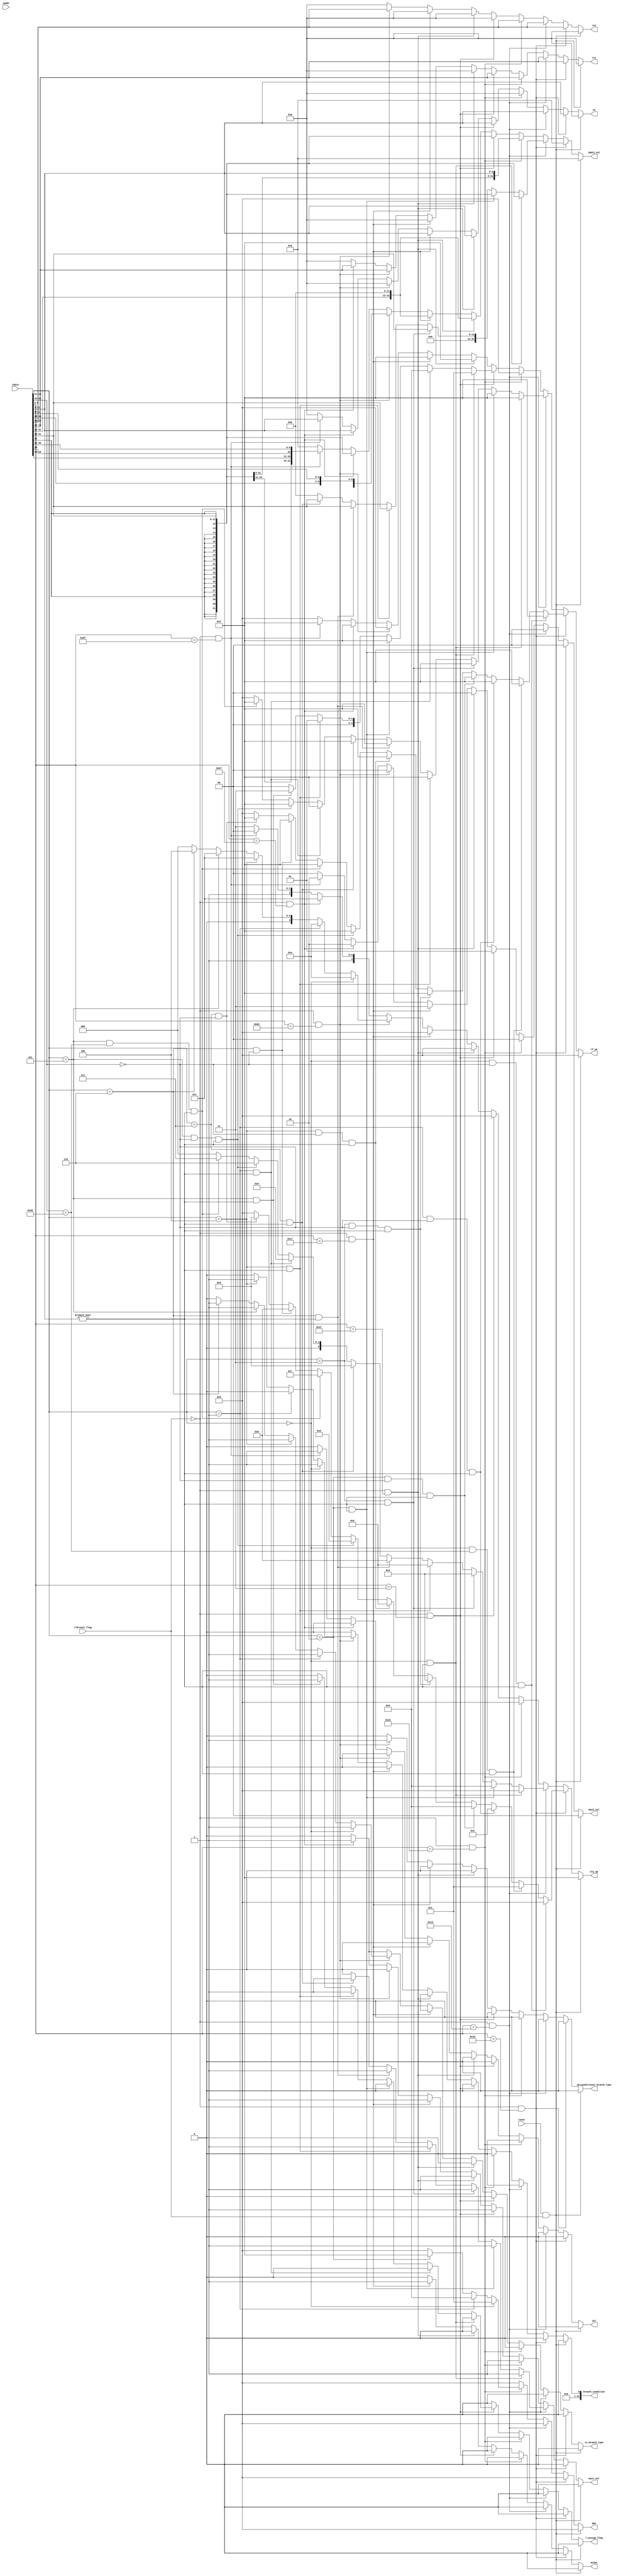
/*  input is idata from IMEM
    outputs are various control signals
*/

module control (
    input reset ,
    input [31:0] idata ,
    input [31:0] iaddr ,  // not needed (?)
    input clkreset_flag ,
    
    //! control signals
    output reg [3:0] alu_op,
    output reg mux1_sel ,
    output reg [1:0] mux2_sel ,
    output reg auipc ,
    output reg jal ,
    output reg [3:0] dwe ,
    output reg [3:0] rf_we , // reg file write enable
    output reg l_unsign_flag ,
    output reg is_branch_type ,
    output reg is_conditional_branch_type ,
    output reg [31:0] branch_condition ,
    
    //! address or imm types (+shamt)
    output reg [4:0] rs1 , 
    output reg [4:0] rs2 ,
    output reg [4:0] rd ,
    output reg [31:0] imm12_ext 
);
    wire [6:0] opcode;
    assign opcode = idata[6:0]; 

    always @(*) begin
	
    if (reset && clkreset_flag) begin
        
        // reset addresses and immediate (tyoes)
        rs1 = 0 ;
        rs2 = 0 ;
        rd = 0 ;
        imm12_ext = 0 ;
        is_branch_type = 0 ;
        is_conditional_branch_type = 0 ;
        branch_condition  = 0 ;
        auipc = 0 ;
        alu_op = 4'b1111 ;  // unused state
        l_unsign_flag = 0 ;
        dwe = 0 ;  // not enabled
        rf_we = 0 ;  // not enabled
        mux1_sel = 0 ; // no choice
        mux2_sel = 0 ; // no choice
        jal = 0 ;

    end

    else if ( clkreset_flag==1'b0 && opcode == 7'b0110011 )   //! R type instruction format with rs2 - to be executed only if rd != 0
    begin
            
        rs1 = idata[19:15] ;
        rs2 = idata[24:20] ;
        rd = idata[11:7] ;
        imm12_ext = 0 ;
        mux1_sel = 0 ;
        mux2_sel = 0 ;
        dwe = 4'b0000 ;
        rf_we = 0 ;
        is_branch_type = 0 ;
        is_conditional_branch_type = 0 ;
        branch_condition  = 0 ;
        auipc = 0 ;
        jal = 0 ;
        l_unsign_flag = 0;
        alu_op = 0 ;

        if (idata[14:12] == 3'b000 && idata[31:25] == 7'b0000000 && idata[11:7] != 5'd0) begin
            alu_op = 0 ; // 0 for add  
            rf_we = 4'b1111 ;
        end

        else if (idata[14:12] == 3'b000 && idata[31:25] == 7'b0100000 && idata[11:7] != 5'd0) begin
            alu_op = 1 ; // 1 for sub
            rf_we = 4'b1111 ;
        end

        else if (idata[14:12] == 3'b001 && idata[31:25] == 7'b0000000 && idata[11:7] != 5'd0) begin
            alu_op = 2 ; // 2 for sll
            rf_we = 4'b1111 ;
        end

        else if (idata[14:12] == 3'b010 && idata[31:25] == 7'b0000000 && idata[11:7] != 5'd0) begin
            alu_op = 3 ; // 3 for slt
            rf_we = 4'b1111 ;
        end

        else if (idata[14:12] == 3'b011 && idata[31:25] == 7'b0000000 && idata[11:7] != 5'd0) begin
            alu_op = 4 ; // 4 for sltu
            rf_we = 4'b1111 ;
        end

        else if (idata[14:12] == 3'b100 && idata[31:25] == 7'b0000000 && idata[11:7] != 5'd0) begin 
            alu_op = 5 ; // 5 for xor
            rf_we = 4'b1111 ;
        end

        else if (idata[14:12] == 3'b101 && idata[31:25] == 7'b0000000 && idata[11:7] != 5'd0) begin 
            alu_op = 6 ; // 6 for srl
            rf_we = 4'b1111 ;
        end

        else if (idata[14:12] == 3'b101 && idata[31:25] == 7'b0100000 && idata[11:7] != 5'd0) begin
            alu_op = 7 ; // 7 for sra
            rf_we = 4'b1111 ;
        end

        else if (idata[14:12] == 3'b110 && idata[31:25] == 7'b0000000) begin 
            alu_op = 8 ; // 8 for or
            rf_we = 4'b1111 ;
        end

        else if (idata[14:12] == 3'b111 && idata[31:25] == 7'b0000000) begin
            alu_op = 9 ; // 9 for and
            rf_we = 4'b1111 ;
        end   

        else begin
            alu_op = 0 ;
            rf_we = 0 ;
        end
        
    end

    //! CHECK FOR SIGN EXTENSION 

    else if ( clkreset_flag==1'b0 && opcode == 7'b0010011  )  //! I-type instructions - including 12 bit imm and immediate shift type
    begin
            
        rs1 = idata[19:15] ;
        rd = idata[11:7] ;
        rs2 = idata[24:20] ;  // this is for slli , srli , srai
        alu_op = 0 ;
        rf_we = 0 ;
        mux1_sel = 1 ;
        mux2_sel = 0 ;
        is_branch_type = 0 ;
        is_conditional_branch_type = 0 ;
        branch_condition  = 0 ;
        auipc = 0 ;
        dwe = 0 ;
        jal = 0 ;
        l_unsign_flag = 0 ;

        if ( idata[14:12] == 3'b000 && idata[11:7] != 5'd0) 
        begin
            alu_op = 0 ; //! addi   
            imm12_ext = {{20{idata[31]}} , idata[31:20]} ;    
            rf_we = 4'b1111 ; 
        end 

        else if ( idata[14:12] == 3'b010 && idata[11:7] != 5'd0) 
        begin
            alu_op = 3 ; //! slti   
            imm12_ext = {{20{idata[31]}} , idata[31:20]} ; 
            rf_we = 4'b1111 ;
        end 

        else if ( idata[14:12] == 3'b011 && idata[11:7] != 5'd0) 
        begin
            alu_op = 4 ; //! sltiu      
            imm12_ext = {{20{1'b0}} , idata[31:20]} ; 
            rf_we = 4'b1111 ;
        end 

        else if ( idata[14:12] == 3'b100 && idata[11:7] != 5'd0) 
        begin
            alu_op = 5 ; //! xori  
            imm12_ext = {{20{1'b0}} , idata[31:20]} ;  
            rf_we = 4'b1111 ; 
        end 

        else if ( idata[14:12] == 3'b110 && idata[11:7] != 5'd0) 
        begin
            alu_op = 8 ; //! ori
            imm12_ext = {{20{1'b0}} , idata[31:20]} ; 
            rf_we = 4'b1111 ;
        end

        
        else if ( idata[14:12] == 3'b111 && idata[11:7] != 5'd0) 
        begin
            alu_op = 9 ; //! andi   
            imm12_ext = {{20{1'b0}} , idata[31:20]} ;    
            rf_we = 4'b1111 ;  
        end
        
        else if ( idata[14:12] == 3'b001 && idata[11:7] != 5'd0) 
        begin
            alu_op = 2 ; //! 2 for slli
            mux1_sel = 0 ;
            rf_we = 4'b1111 ;
            imm12_ext = 0 ;
        end

        else if ( idata[14:12] == 3'b101 && idata[31:25] == 7'b0000000 && idata[11:7] != 5'd0) 
        begin
            alu_op = 6 ; //! 6 for srli
            mux1_sel = 0 ;
            rf_we = 4'b1111 ;
            imm12_ext = 0 ;
        end
            
        else if ( idata[14:12] == 3'b101 && idata[31:25] == 7'b0100000 && idata[11:7] != 5'd0) 
        begin
            alu_op = 7 ; //! 7 for srai 
            mux1_sel = 0 ;
            rf_we = 4'b1111 ;
            imm12_ext = 0 ;
        end 

        else begin
            alu_op = 0 ;
            mux1_sel = 0 ;
            rf_we = 4'b0000 ;
            imm12_ext = 0 ;
        end
        
    end

    else if ( clkreset_flag==1'b0 && opcode == 7'b0100011 )  //! S-type instructions 
    begin
            
        rs1 = idata[19:15] ;
        rs2 = idata[24:20] ;
        rd = 0 ;
        imm12_ext = {{20{idata[31]}} , {idata[31:25]} , {idata[11:7]}} ;
        mux1_sel = 1 ;
        mux2_sel = 0 ;  // does not matter ; actually don't care
        rf_we = 0 ;
        alu_op = 0;  // 0 for signed addition
        l_unsign_flag = 0 ;
        dwe = 0 ;
        is_branch_type = 0 ;
        is_conditional_branch_type = 0 ;
        branch_condition  = 0 ;
        auipc = 0 ;
        jal = 0 ;
        
        if ( idata[14:12] == 3'b000 ) begin
            // sb instruction . data_write_enable = 0001 ;
            dwe = 4'b0001 ;
        end

        else if ( idata[14:12] == 3'b001 ) begin
            // sh instruction . data_write_enable = 0011 ;
            dwe = 4'b0011 ;
        end
     
        else if ( idata[14:12] == 3'b010 ) begin
            // sw instruction . data_write_enable = 1111 ;
            dwe = 4'b1111 ;
        end

        else begin
            dwe = 0 ;
        end
     
    end
    

    else if ( clkreset_flag==1'b0 && opcode == 7'b0000011 )  //!  load instructions
    begin
             
        rs1 = idata[19:15] ;
        rs2 = 0 ;
        rd = idata[11:7] ;
        imm12_ext = {{20{idata[31]}} , idata[31:20]} ; 
        mux1_sel = 1 ;  // select immediate path
        mux2_sel = 1 ;
        alu_op = 0 ;  // 0 for ADD [adding address] 
        dwe = 0 ;
        l_unsign_flag = 0 ;
        rf_we = 0 ;
        is_branch_type = 0 ;
        is_conditional_branch_type = 0 ;
        branch_condition  = 0 ;
        auipc = 0 ;
        jal = 0 ;
        
        if ( idata[14:12] == 3'b000 && idata[11:7] != 0) begin  // lb instruction . 
            rf_we = 4'b0001 ;
            l_unsign_flag = 0 ;
        end

        else if ( idata[14:12] == 3'b001 && idata[11:7] != 0) begin  // lh instruction . 
            rf_we = 4'b0011 ;
            l_unsign_flag = 0 ;
        end

        else if ( idata[14:12] == 3'b010 && idata[11:7] != 0) begin  // lw instruction . 
            rf_we = 4'b1111 ;
            l_unsign_flag = 0 ;
        end

        //! lhu lbu check

        else if ( idata[14:12] == 3'b100 && idata[11:7] != 0) begin  // lbu instruction . 
            rf_we = 4'b0001 ;
            l_unsign_flag = 1 ;
        end

        else if ( idata[14:12] == 3'b101 && idata[11:7] != 0) begin  // lhu instruction . 
            rf_we = 4'b0011 ;
            l_unsign_flag = 1 ;
        end

        else begin
            rf_we = 4'b0000;
            l_unsign_flag = 0 ;
        end
    end
    
    else if ( clkreset_flag==1'b0 && opcode == 7'b0110111 )  //! LUI
    begin
        
        rs1 = 0 ;  // add 0
        rs2 = 0 ;  // not used 
        rd = idata[11:7] ;
        imm12_ext = { idata[31:12] , {12{1'b0}} };  // load immediate as the 20 bit immediate with trailing zeros
        mux1_sel = 1 ;  // choose immediate path
        mux2_sel = 0 ;  // write to RF from alu_out
        alu_op = 0 ;  // add operation
        dwe = 0 ;
        rf_we = 4'b1111 ;
        is_branch_type = 0 ;
        branch_condition  = 0 ;
        is_conditional_branch_type = 0 ;
        auipc = 0 ;
        jal = 0 ;
        l_unsign_flag = 0 ;

    end

    else if ( clkreset_flag==1'b0 && opcode == 7'b0010111 )  //! AUIPC
    begin
        
        rs1 = 0 ;  
        rs2 = 0 ;
        rd = idata[11:7] ;
        imm12_ext = { idata[31:12] , {12{1'b0}} } ;
        mux1_sel = 1 ;
        mux2_sel = 3 ; // input from branch_controller which calculates iaddr+imm
        rf_we = 4'b1111 ;
        alu_op = 0 ;
        dwe = 0 ;
        is_branch_type = 0 ;
        is_conditional_branch_type = 0 ;
        branch_condition = 0;
        l_unsign_flag = 0;
        auipc = 1 ;
        jal = 0 ;

        //! MUX3_SEL_CONTROLLER WILL TAKE CARE OF THE NEXT ADDRESS

    end

    else if ( clkreset_flag==1'b0 && opcode ==  7'b1100011 )  //! Branch instructions
    begin

        rs1 = idata[19:15] ;
        rs2 = idata[24:20] ;
        rd = 0 ;
        imm12_ext = { {21{idata[31]}} , idata[7] , {idata[30:25]} , {idata[11:8]} } ;
        mux1_sel = 0 ;
        mux2_sel = 0 ;
        alu_op = 0 ;
        rf_we = 0 ;
        dwe = 0 ;
        is_branch_type = 1 ;
        is_conditional_branch_type = 1 ;
        branch_condition  = 0 ;  // set to some known value
        l_unsign_flag = 0 ;
        auipc = 0 ;
        jal = 0 ;

        if ( idata[14:12] == 3'b000 ) begin  // BEQ
            alu_op = 10 ;  // check for equality
            branch_condition = 32'b1 ;
        end

        else if (idata[14:12] == 3'b001 ) begin  // BNE
            alu_op = 10 ;  // check for equality
            branch_condition = 32'b0 ;
        end

        else if (idata[14:12] == 3'b100 ) begin  // BLT
            alu_op = 3 ;  // slt
            branch_condition = 32'b1 ;
        end

        else if (idata[14:12] == 3'b101 ) begin  // BGE
            alu_op = 3 ;  // slt
            branch_condition = 32'b0 ;
        end

        else if (idata[14:12] == 3'b001 ) begin  // BLTU
            alu_op = 4 ;  // sltu
            branch_condition = 32'b1 ;
        end

        else if (idata[14:12] == 3'b110 ) begin  // BGEU
            alu_op = 4 ;  // sltu
            branch_condition = 32'b0 ;
        end

        else begin
            alu_op = 0 ;
            branch_condition = 0 ;
            is_branch_type = 0 ;
        end
    end
    
    else if ( clkreset_flag==1'b0 && opcode == 7'b1100111 )  // JALR
    begin

        // x[rd] <= pc + 4 
        // n_addr <= [ x[rs1] + imm12 ] and set last bit to 0 ;

        rs1 = idata[19:15] ;
        rs2 = 0 ;
        rd = idata[11:7] ;
        imm12_ext = { {20{idata[31]}} , idata[31:20] } ;
        alu_op = 11 ;  
        rf_we = 4'b1111 ;
        dwe = 0 ;
        l_unsign_flag = 0 ;
        mux1_sel = 1 ;  // select immediate path
        mux2_sel = 2 ;  // pc+4 path
        is_branch_type = 1 ;
        is_conditional_branch_type = 0 ;
        branch_condition = 0 ;
        auipc = 0 ;
        jal = 0 ;

    end

    else if ( clkreset_flag==1'b0 && opcode == 7'b1101111 )  // JAL
    begin

        // x[rd] <= pc+4
        // n_addr <= pc + (imm12_ext<<1)
        
        rs1 = 0 ; 
        rs2 = 0 ;
        rd = idata[11:7] ; 
        imm12_ext = { {13{idata[31]}} , idata[19:12] , idata[20] , idata[30:21] } ;  
        mux1_sel = 0 ;  // unused 
        mux2_sel = 2 ;  // pc+4
        l_unsign_flag = 0 ;
        rf_we = 4'b1111 ;
        dwe = 0 ;
        alu_op = 12 ; //! delete in ALU : unused
        is_branch_type = 0 ;
        is_conditional_branch_type = 0 ;
        branch_condition = 0 ;
        auipc = 0 ;
        jal = 1 ; //!

    end

    else begin
        rs1 = 0 ;
        rs2 = 0 ;
        rd = 0 ;
        imm12_ext = 0 ;
        is_branch_type = 0 ;
        is_conditional_branch_type = 0 ;
        branch_condition  = 0 ;
        auipc = 0 ;
        alu_op = 4'b1111 ;  // unused state
        l_unsign_flag = 0 ;
        dwe = 0 ;  // not enabled
        rf_we = 0 ;  // not enabled
        mux1_sel = 0 ; // no choice
        mux2_sel = 0 ; // no choice
        jal = 0 ;
    end

    end   // end of always block
endmodule